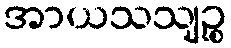
အာယသသျဉ္စ